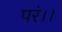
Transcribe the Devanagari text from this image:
परं।।